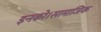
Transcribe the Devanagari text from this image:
इनको।सामाजिक